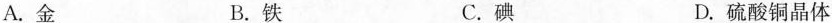
A.金 B.铁 C.碘 D.硫酸铜晶体